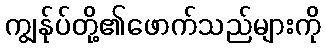
ကျွန်ုပ်တို့၏ဖောက်သည်များကို